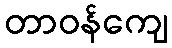
တာဝန်ကျေ